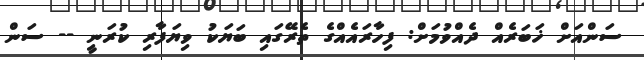
ސަންއަށް ޚަބަރެއް ދެއްވުމަށް: ފިހާރައެއްގެ ތެރޭގައި ބަޔަކު ވިޔަފާރި ކުރަނީ -- ސަން